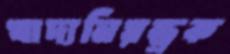
খাদ্যনিয়ন্ত্রক